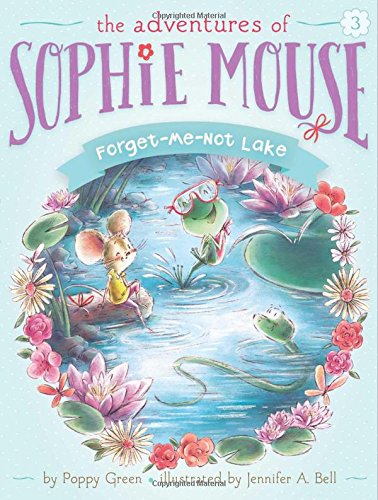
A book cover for Forget-Me-Not Lake (The Adventures of Sophie Mouse); Poppy Green; Children's Books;